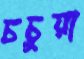
চচুয়া